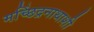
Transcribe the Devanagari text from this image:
मच्छिंद्रनाथाशी